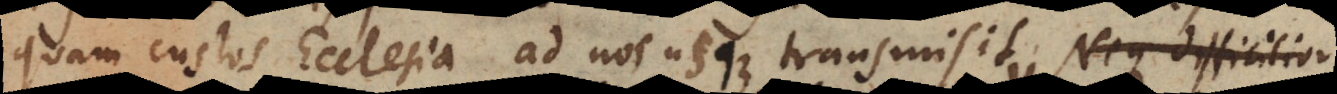
quam custos Ecclesia ad nos usque transmisit. Interea